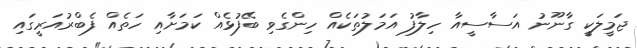
ޖަމީލަކީ ގާނޫނު އަސާސީއާ ހިލާފު އަމަލުތަކެއް ހިންގެވި ބޭފުޅެއް ކަަމަށާއި ހަތެއް ފެބްރުއަރީގައި